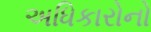
અધિકારોનો